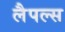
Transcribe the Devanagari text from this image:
लैपल्स